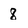
Character: 8